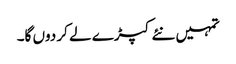
تمہیں نئے کپڑے لے کر دوں گا۔